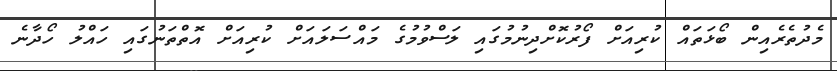
މެދުތެރެއިން ބޯޅަތައް ކުރިއަށް ފޯރުކޮށްދިނުމުގައި ލަސްވުމުގެ މައްސަލައަށް ކުރިއަށް އޮތްތަނުގައި ހައްލު ހޯދާނެ